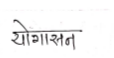
मजकूर: योगासन